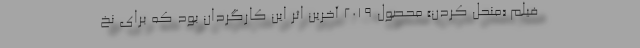
فیلم «منحل کردن» محصول ۲۰۱۹ آخرین اثر این کارگردان بود که برای نخ